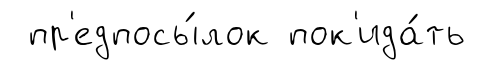
пр'едпосы́лок пок'ида́ть